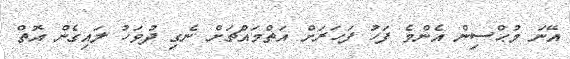
އޭނަ މުޙްސިން އެންމެ ފަހު ފަހަރަށް އަތްމައްޗަށް ނެގި ދުވަހު ލައިގެން އޮތް